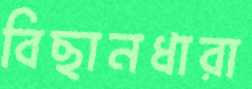
বিছানধারা